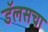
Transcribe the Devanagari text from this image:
डॅलसचा